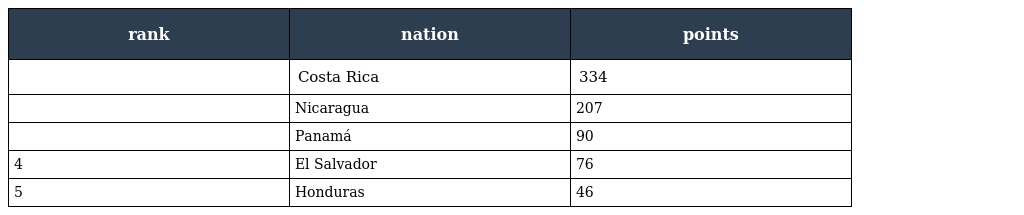
| rank | nation | points |
 | --- | --- | --- |
 |  | Costa Rica | 334 |
 |  | Nicaragua | 207 |
 |  | Panamá | 90 |
 | 4 | El Salvador | 76 |
 | 5 | Honduras | 46 |